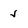
Character: 5